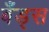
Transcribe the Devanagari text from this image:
बँड्स